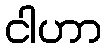
ငါဟာ